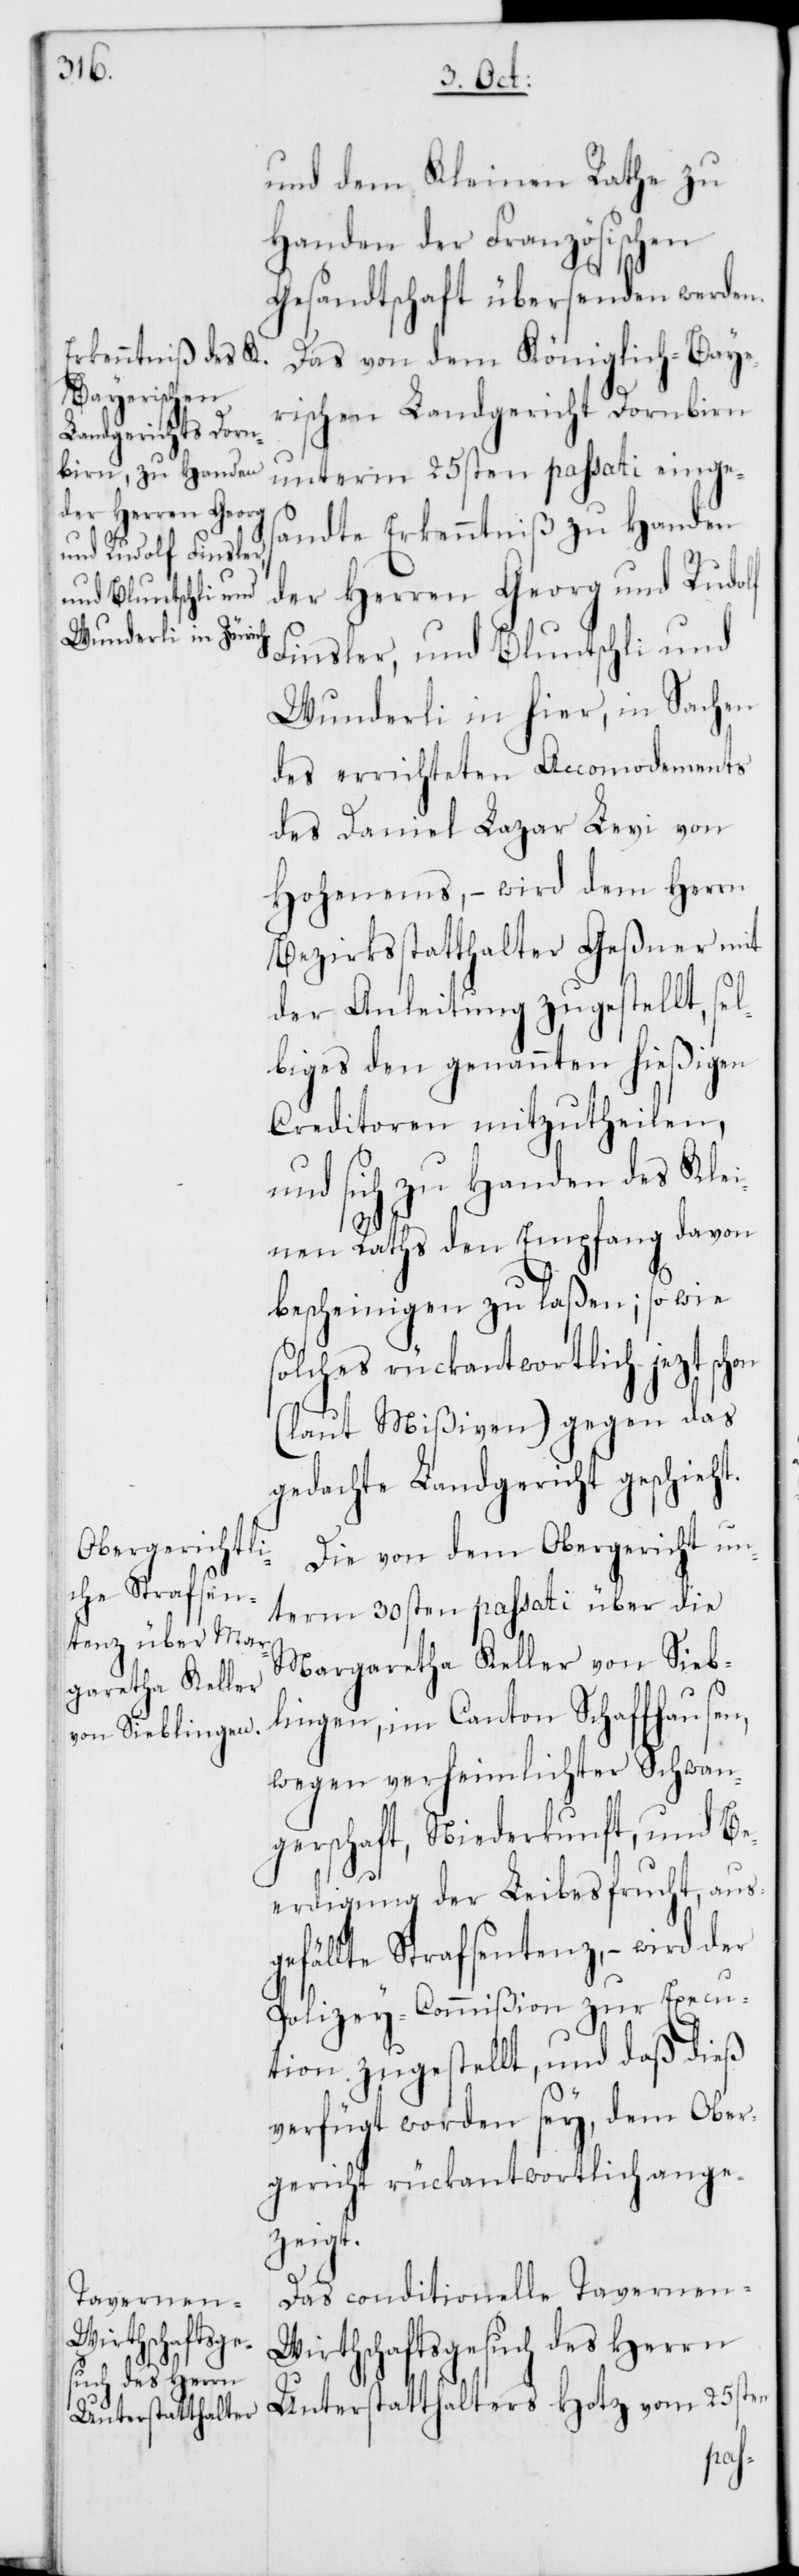
und dem Kleinen Rathe zu
Handen der Französischen
Gesandtschaft übersenden werden.
Das von dem Königlich-Baye¬
rischen Landgericht Dornbirn
unterm 25sten passati einges¬
andte Erkenntniß zu Handen
der Herren Georg und Rudolf
Finsler, und Bluntschli und
Wunderli in hier, in Sachen
des errichteten Accomodements
des Daniel Lazar Levi von
Hohenems, – wird dem Herrn
Bezirksstatthalter Geßner mit
der Anleitung zugestellt, se¬
lbiges den genannten hießigen
Creditoren mitzutheilen,
und sich zu Handen des Klei¬
nen Raths den Empfang davon
bescheinigen zu laßen; so wie
solches rückantwortlich jezt schon
(laut Mißiven) gegen das
gedachte Landgericht geschieht.
Die von dem Obergericht un¬
term 30sten passati über die
Margaretha Keller von Sieb¬
lingen im Canton Schaffhausen,
wegen verheimlichter Schwan¬
gerschaft, Niederkunft, und Be¬
erdigung der Leibesfrucht, aus¬
gefällte Strafsentenz, – wird der
Polizey-Commißion zur Execu¬
tion zugestellt, und daß dieß
verfügt worden sey, dem Ober¬
gericht rückantwortlich ange¬
zeigt.
Das conditionelle Tavernen-W¬
irthschaftsgesuch des Herrn
Unterstatthalters Hotz vom 25sten